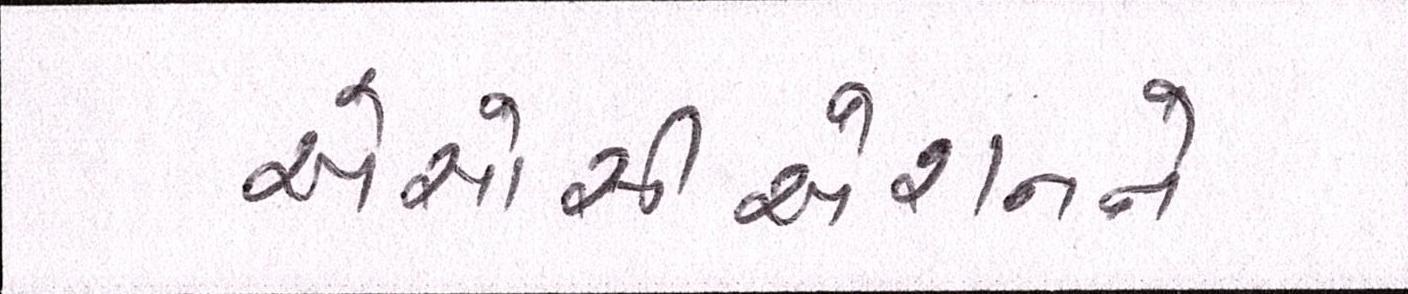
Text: એસોસીએશનને